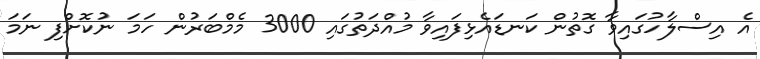
އެ އިސްލާހުގައިވާ ގޮތުން ކަނޑައެޅިފައިވާ މުއްދަތުގައި 3000 މެމްބަރުން ހަމަ ނުކޮށްފި ނަމަ